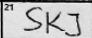
Transcription: SKJ